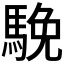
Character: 𩣦